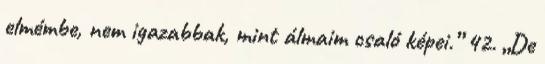
elmémbe, nem igazabbak, mint álmaim csaló képei.” 42. „De